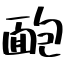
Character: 靤